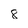
Character: 8